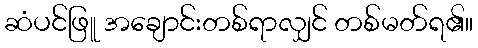
ဆံပင်ဖြူ အချောင်းတစ်ရာလျှင် တစ်မတ်ရ၏။